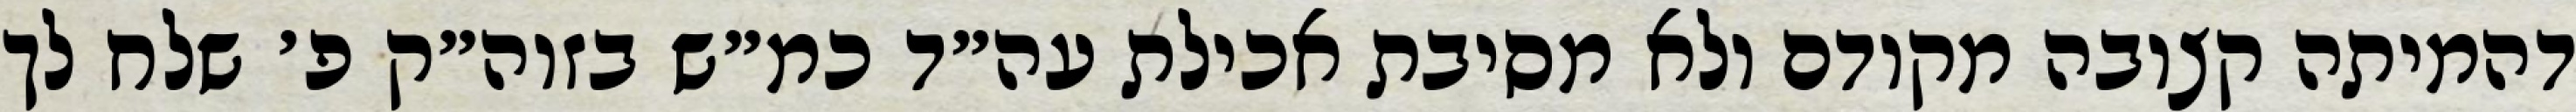
דהמיתה קצובה מקודם ולא מסיבת אכילת עה״ד כמ״ש בזוה״ק פ׳ שלח לך